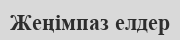
Жеңімпаз елдер